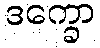
ဒက္ခော